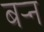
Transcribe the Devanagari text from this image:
बऱ्न